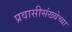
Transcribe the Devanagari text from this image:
प्रवासीसंख्येच्या